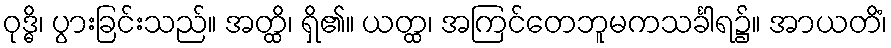
ဝုဒ္ဓိ၊ ပွားခြင်းသည်။ အတ္ထိ၊ ရှိ၏။ ယတ္ထ၊ အကြင်တေဘူမကသင်္ခါရ၌။ အာယတိံ၊